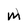
Character: M